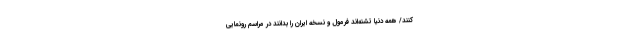
کنند/ همه دنیا تشنه‌اند فرمول و نسخه ایران را بدانند در مراسم رونمایی